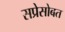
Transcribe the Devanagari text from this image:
सप्रेसोबत